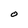
Character: O